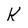
Character: k